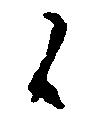
候